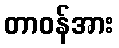
တာဝန်အား